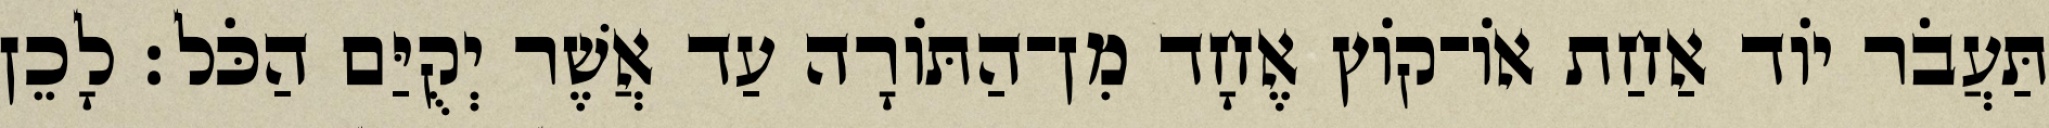
תַּעֲבֹר יוֹד אַחַת אוֹ־קוֹץ אֶחָד מִן־הַתּוֹרָה עַד אֲשֶׁר יְקֻיַּם הַכֹּל׃ לָכֵן